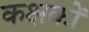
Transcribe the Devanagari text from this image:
कक्षकों